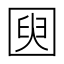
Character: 𫭌